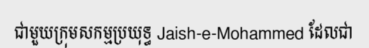
ជាមួយក្រុមសកម្មប្រយុទ្ធ Jaish-e-Mohammed ដែលជា